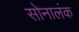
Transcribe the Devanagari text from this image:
सोनालंक